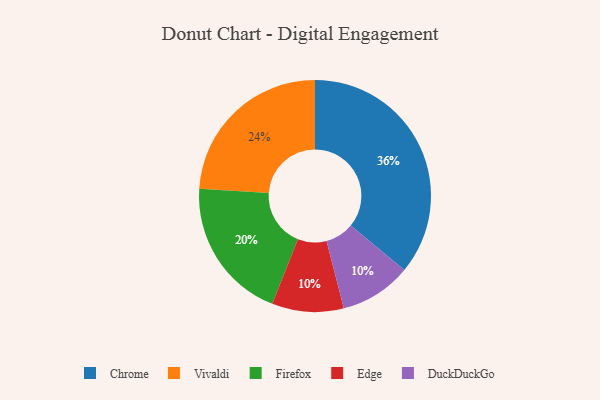
{"axis": {"x": "Category", "y": "Percentage"}, "legend": ["Chrome", "DuckDuckGo", "Edge", "Firefox", "Vivaldi"], "data": [{"x": "Firefox", "y": 20, "type": "Firefox"}, {"x": "Chrome", "y": 36, "type": "Chrome"}, {"x": "Vivaldi", "y": 24, "type": "Vivaldi"}, {"x": "Edge", "y": 10, "type": "Edge"}, {"x": "DuckDuckGo", "y": 10, "type": "DuckDuckGo"}]}